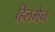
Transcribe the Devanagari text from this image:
हिलमेन